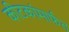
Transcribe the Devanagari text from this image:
कीटकांमार्फत